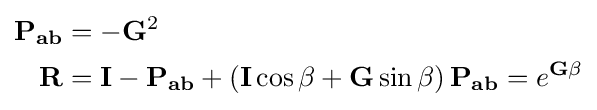
{\begin{aligned}\mathbf {P_{ab}} &=-\mathbf {G} ^{2}\\\mathbf {R} &=\mathbf {I} -\mathbf {P_{ab}} +\left(\mathbf {I} \cos \beta +\mathbf {G} \sin \beta \right)\mathbf {P_{ab}} =e^{\mathbf {G} \beta }\end{aligned}}